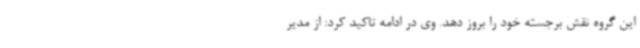
این گروه نقش برجسته خود را بروز دهد. وی در ادامه تاکید کرد: از مدیر